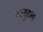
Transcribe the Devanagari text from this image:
ग्लूटन